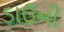
ડાઉની